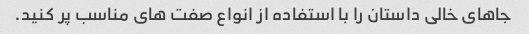
جاهای خالی داستان را با استفاده از انواع صفت های مناسب پر کنید.